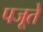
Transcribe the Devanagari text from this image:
पजूते